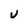
Character: u